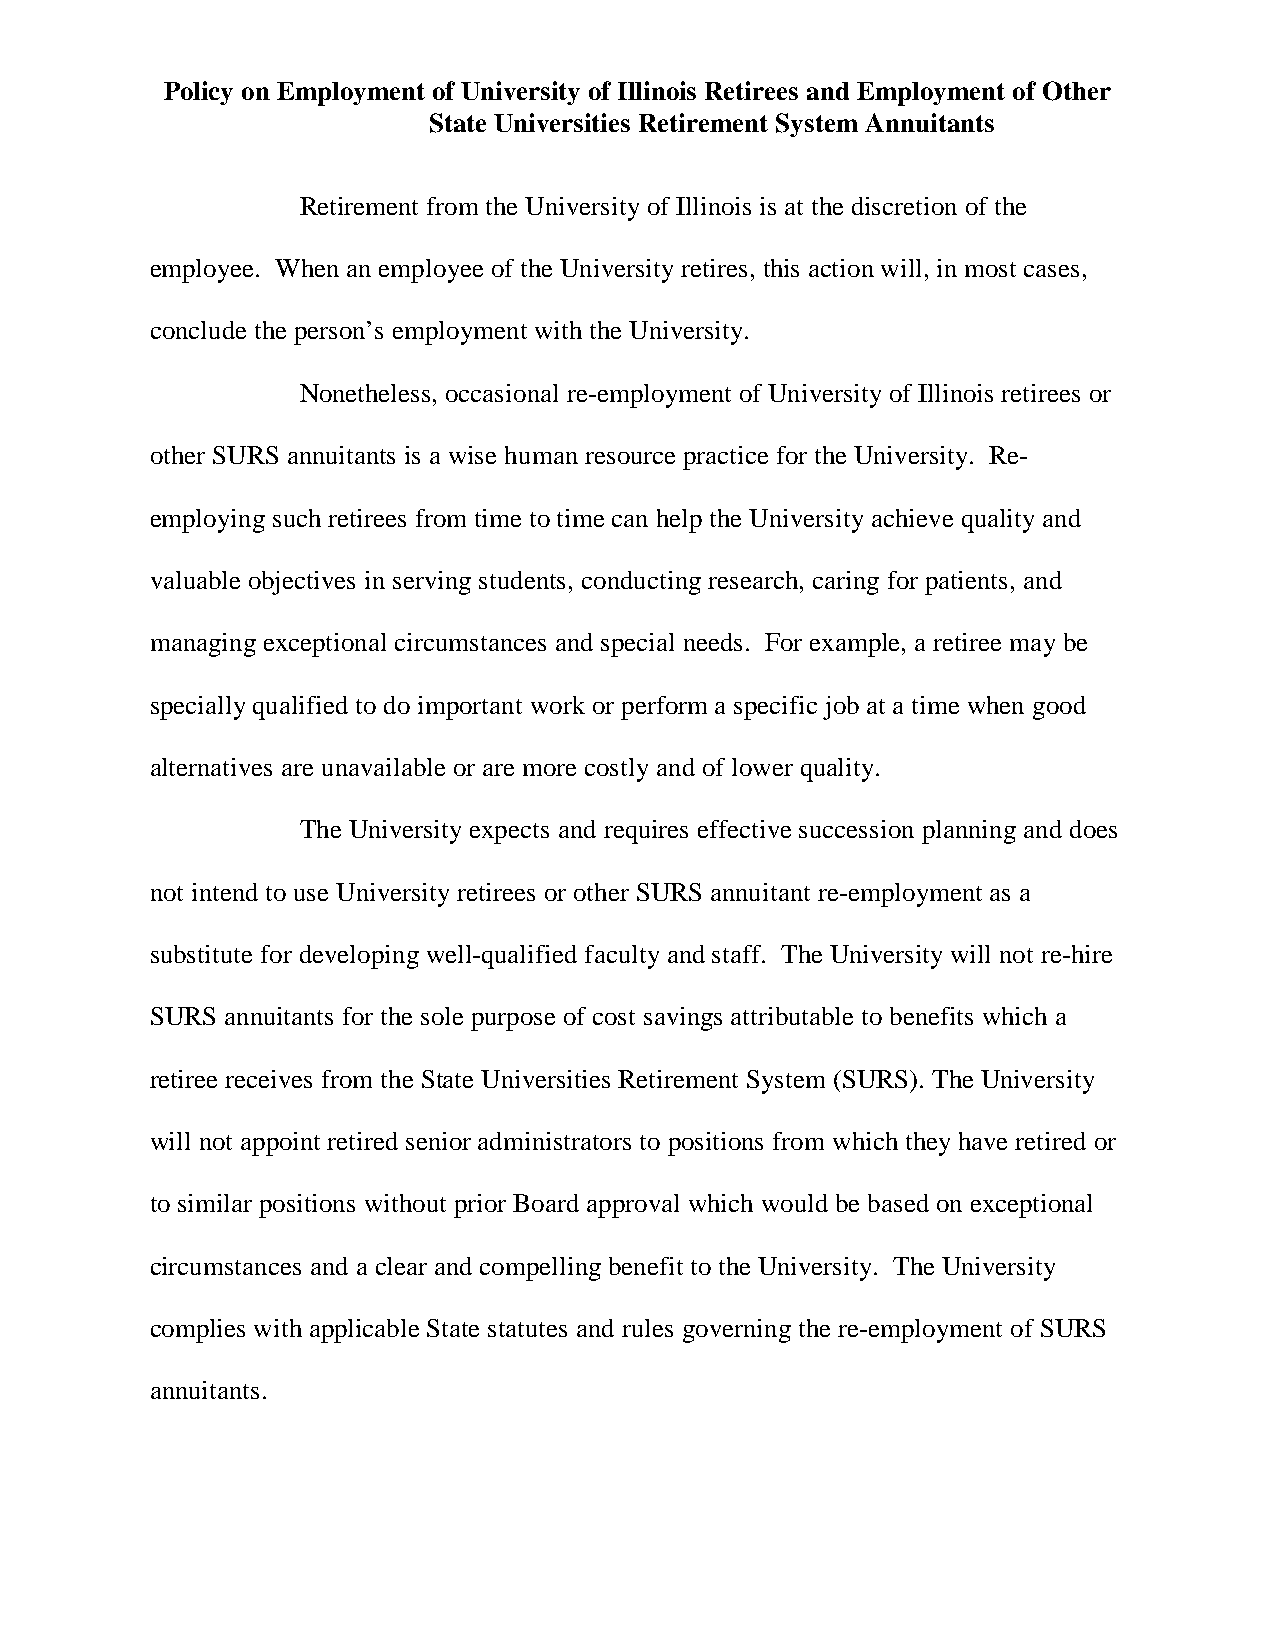
Policy on Employment of University of Illinois Retirees and Employment of Other
 State Universities Retirement System Annuitants
 Retirement from the University of Illinois is at the discretion of the
 employee. When an employee of the University retires, this action will, in most cases,
 conclude the person’s employment with the University.
 Nonetheless, occasional re-employment of University of Illinois retirees or
 other SURS annuitants is a wise human resource practice for the University. Re-
 employing such retirees from time to time can help the University achieve quality and
 valuable objectives in serving students, conducting research, caring for patients, and
 managing exceptional circumstances and special needs. For example, a retiree may be
 specially qualified to do important work or perform a specific job at a time when good
 alternatives are unavailable or are more costly and of lower quality.
 The University expects and requires effective succession planning and does
 not intend to use University retirees or other SURS annuitant re-employment as a
 substitute for developing well-qualified faculty and staff. The University will not re-hire
 SURS annuitants for the sole purpose of cost savings attributable to benefits which a
 retiree receives from the State Universities Retirement System (SURS). The University
 will not appoint retired senior administrators to positions from which they have retired or
 to similar positions without prior Board approval which would be based on exceptional
 circumstances and a clear and compelling benefit to the University. The University
 complies with applicable State statutes and rules governing the re-employment of SURS
 annuitants.